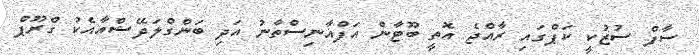
ސާފް ސުޒުކީ ކަޕްގައި ރާއްޖެ އޮތީ ބޫޓާން އަފްޣާނިސްތާނު އަދި ބަންގްލަދޭޝްއާއެކު ގްރޫޕް